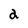
Character: 2